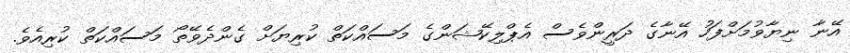
އޭނާ ނިޔާވުމަށްފަހު އޭނާގެ ދަރީންވެސް އެޕްލިކޭޝަންގެ މަސައްކަތް ކުރިޔަށް ގެންދެވޭތޯ މަސައްކަތް ކުރިއެވެ.